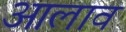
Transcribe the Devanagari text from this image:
आलाव